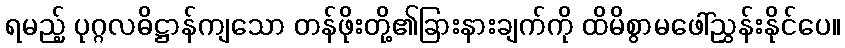
ရမည့် ပုဂ္ဂလဓိဋ္ဌာန်ကျသော တန်ဖိုးတို့၏ခြားနားချက်ကို ထိမိစွာမဖေါ်ညွှန်းနိုင်ပေ။